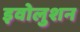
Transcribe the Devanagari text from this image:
इवोलुशन